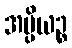
အပ္ပိယဉ္စ